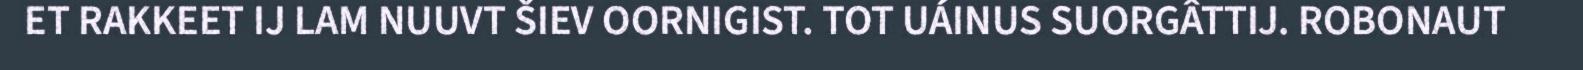
ET RAKKEET IJ LAM NUUVT ŠIEV OORNIGIST. TOT UÁINUS SUORGÂTTIJ. ROBONAUT